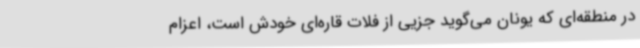
در منطقه‌ای که یونان می‌گوید جزیی از فلات قاره‌ای خودش است، اعزام